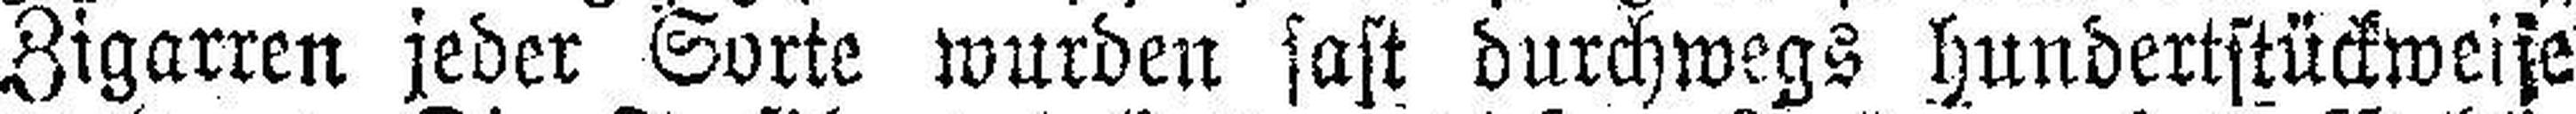
Zigarren jeder Sorte wurden sast durchwegs hundertstückweise